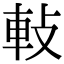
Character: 軙